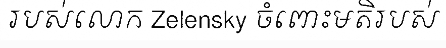
របស់លោក Zelensky ចំពោះមតិរបស់